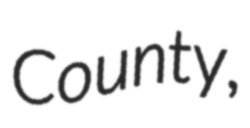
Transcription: County,